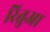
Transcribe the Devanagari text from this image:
रितुआ